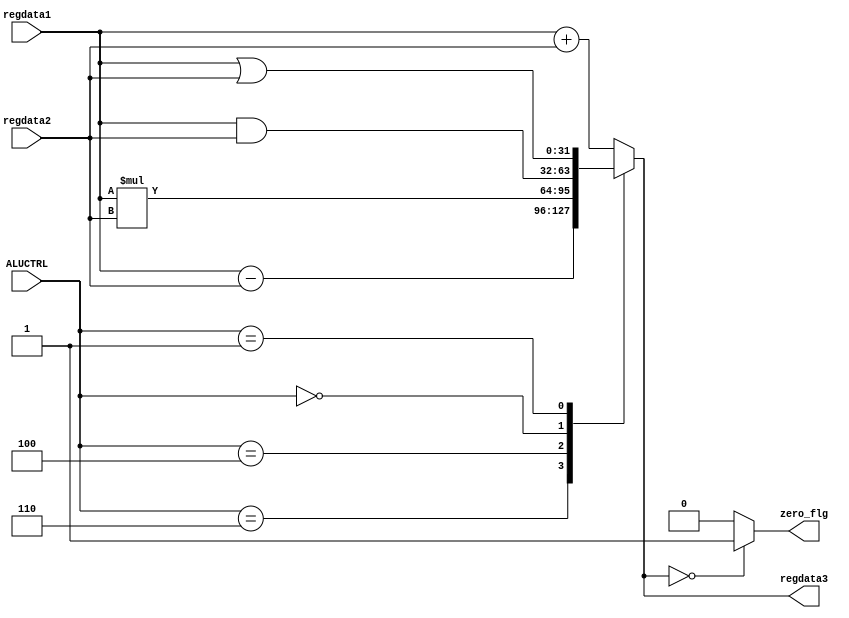
module ALU(regdata1,regdata2,ALUCTRL,regdata3,zero_flg);
  input [31:0] regdata1;
  input [31:0] regdata2;
  input [3:0] ALUCTRL;
  output reg [31:0] regdata3;
  output reg zero_flg;
    always@(ALUCTRL,regdata1,regdata2)
      begin
        case(ALUCTRL)
        4'b0010 : regdata3=regdata1+regdata2;
        4'b0110 : regdata3=regdata1-regdata2;
        4'b0100 : regdata3=regdata1*regdata2;
        4'b0000 : regdata3=regdata1&regdata2;
        4'b0001 : regdata3=regdata1|regdata2;

        default : regdata3=regdata1+regdata2;
        endcase
        if(regdata3==32'b0)
           zero_flg=1'b1;
        else
           zero_flg=1'b0;   
      end
endmodule